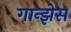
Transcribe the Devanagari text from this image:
गान्झेस